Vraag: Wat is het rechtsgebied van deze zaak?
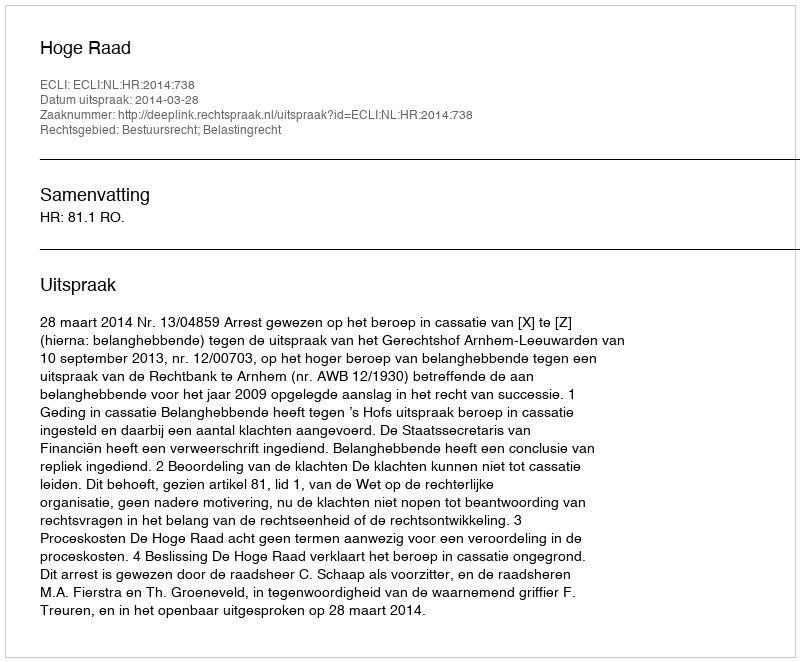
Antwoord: Bestuursrecht; Belastingrecht